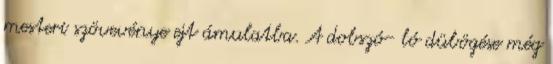
mesteri szövevénye ejt ámulatba. A dobszó- ló dübögése még